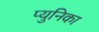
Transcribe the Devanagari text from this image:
प्युनिका